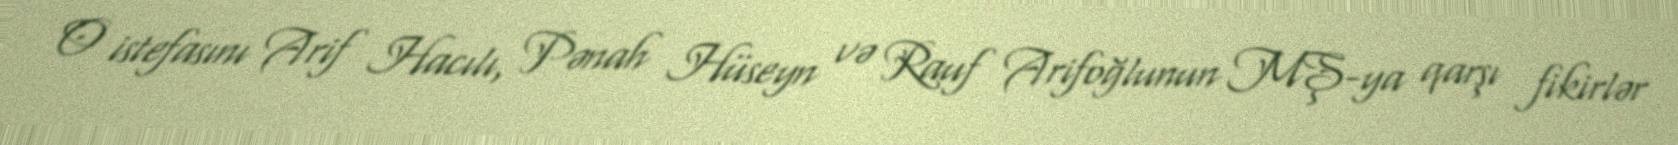
O istefasını Arif Hacılı, Pənah Hüseyn və Rauf Arifoğlunun MŞ-ya qarşı fikirlər